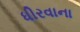
ધીરવાના